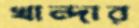
খান্দার